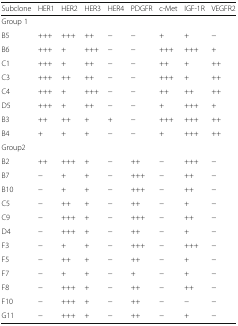
<table><thead><tr><td><b>Subclone</b></td><td><b>HER1</b></td><td><b>HER2</b></td><td><b>HER3</b></td><td><b>HER4</b></td><td><b>PDGFR</b></td><td><b>c-Met</b></td><td><b>IGF-1R</b></td><td><b>VEGFR2</b></td></tr></thead><tbody><tr><td colspan="9">Group 1</td></tr><tr><td>B5</td><td>+++</td><td>+++</td><td>++</td><td>−</td><td>−</td><td>+</td><td>+</td><td>−</td></tr><tr><td>B6</td><td>+++</td><td>+</td><td>+++</td><td>−</td><td>−</td><td>+++</td><td>+++</td><td>+</td></tr><tr><td>C1</td><td>+++</td><td>+</td><td>++</td><td>−</td><td>−</td><td>++</td><td>+</td><td>++</td></tr><tr><td>C3</td><td>+++</td><td>++</td><td>++</td><td>−</td><td>−</td><td>+++</td><td>+</td><td>++</td></tr><tr><td>C4</td><td>+++</td><td>+</td><td>+++</td><td>−</td><td>−</td><td>++</td><td>++</td><td>++</td></tr><tr><td>D5</td><td>+++</td><td>+</td><td>++</td><td>−</td><td>−</td><td>+</td><td>+++</td><td>+</td></tr><tr><td>B3</td><td>++</td><td>++</td><td>+</td><td>+</td><td>−</td><td>+++</td><td>+++</td><td>++</td></tr><tr><td>B4</td><td>+</td><td>+</td><td>+</td><td>−</td><td>−</td><td>+</td><td>+++</td><td>++</td></tr><tr><td colspan="9">Group2</td></tr><tr><td>B2</td><td>++</td><td>+++</td><td>+</td><td>−</td><td>++</td><td>−</td><td>+++</td><td>−</td></tr><tr><td>B7</td><td>−</td><td>+</td><td>+</td><td>−</td><td>+++</td><td>−</td><td>++</td><td>−</td></tr><tr><td>B10</td><td>−</td><td>+</td><td>+</td><td>−</td><td>+++</td><td>−</td><td>++</td><td>−</td></tr><tr><td>C5</td><td>−</td><td>++</td><td>+</td><td>−</td><td>++</td><td>−</td><td>+</td><td>−</td></tr><tr><td>C9</td><td>−</td><td>+++</td><td>+</td><td>−</td><td>+++</td><td>−</td><td>++</td><td>−</td></tr><tr><td>D4</td><td>−</td><td>+++</td><td>+</td><td>−</td><td>++</td><td>−</td><td>+</td><td>−</td></tr><tr><td>F3</td><td>−</td><td>+</td><td>+</td><td>−</td><td>+++</td><td>−</td><td>+++</td><td>−</td></tr><tr><td>F5</td><td>−</td><td>++</td><td>+</td><td>−</td><td>++</td><td>−</td><td>+</td><td>−</td></tr><tr><td>F7</td><td>−</td><td>+</td><td>+</td><td>−</td><td>+</td><td>−</td><td>+</td><td>−</td></tr><tr><td>F8</td><td>−</td><td>+++</td><td>+</td><td>−</td><td>++</td><td>−</td><td>++</td><td>−</td></tr><tr><td>F10</td><td>−</td><td>+++</td><td>+</td><td>−</td><td>++</td><td>−</td><td>−</td><td>−</td></tr><tr><td>G11</td><td>−</td><td>+++</td><td>+</td><td>−</td><td>++</td><td>−</td><td>+</td><td>−</td></tr></tbody></table>